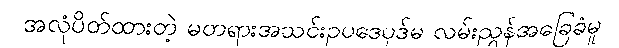
အလုံပိတ်ထားတဲ့ မတရားအသင်းဥပဒေပုဒ်မ လမ်းညွှန်အခြေခံမူ